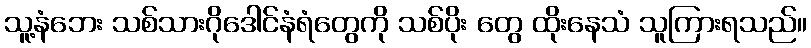
သူ့နံဘေး သစ်သားဂိုဒေါင်နံရံတွေကို သစ်ပိုး တွေ ထိုးနေသံ သူကြားရသည်။